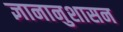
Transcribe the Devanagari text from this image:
ज्ञानानुशासन